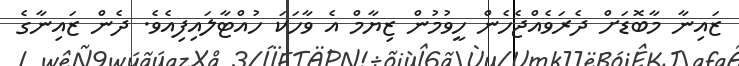
ޒައިނާ މާބޮޑަށް ދެރަވެއްޖެހެން ހީވުމުން ޒިޔާމް އެ ވާހަކަ ހުއްޓާލައިފިއެވެ. ދެން ޒައިނާގެ